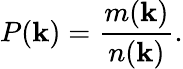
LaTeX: P(\mathbf{k})=\frac{{m(\mathbf{k})}}{{n(\mathbf{k})}}.